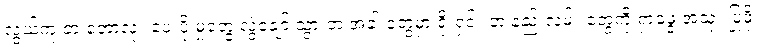
လွယ်ကူ တဲ့ ဘောလုံး ပေးပို့ မှုတွေ လွဲချော် သွားတဲ့ အခါ တွေမှာ ရိုးရှင်း တဲ့ နည်းလမ်း တွေကို ရှာဖွေ အသုံး ပြုဖို့